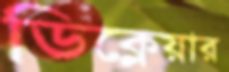
ডিক্লেয়ার